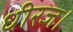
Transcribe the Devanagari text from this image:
धीरज।